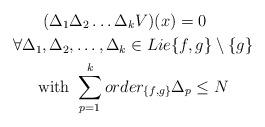
LaTeX: \begin{align*}(\Delta_{{1} }& \Delta_{{2} } \ldots \Delta_{{k} } V)(x)=0 \\\forall \Delta _{{1} } , \Delta_{{2} }& ,\ldots , \Delta_{{k} } \in Lie\{ f,g\} \setminus \{ g\}\\\mathrm{with}&\, \, \sum _{p=1}^{k}order_{\{f,g\}} \Delta_{{p} } \le N \end{align*}